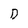
Character: D